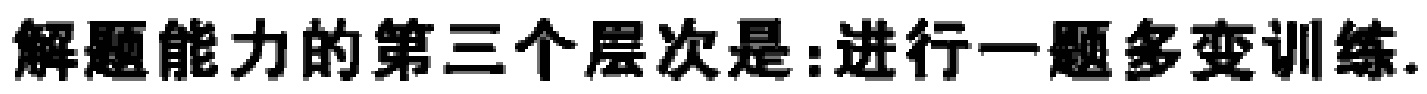
解题能力的第三个层次是:进行一题多变训练.